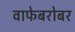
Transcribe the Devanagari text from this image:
वाफेबरोबर